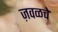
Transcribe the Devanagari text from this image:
ज़वळचे